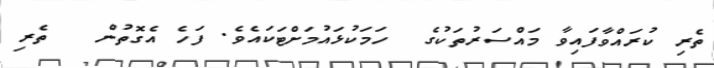
ތެރި ކުރައްވާފައިވާ މައްސަރުތަކުގެ  ހަމަކުޅައުމަށްޓަކައެވެ. ފަހެ އެގޮތުން   ތެރި